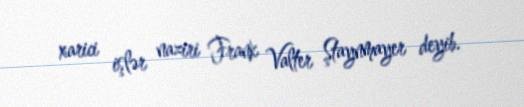
xarici işlər naziri Frank Valter Ştaynmayer deyib.